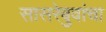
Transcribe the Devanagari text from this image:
सासरेबुवांचा